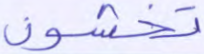
تخشون